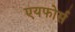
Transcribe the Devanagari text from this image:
एयफोर्स